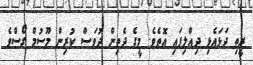
ރީތި ދަޅައެޅި ދިއްލިފައި އޮތެވެ. މީގެ ދެތިން ދުވަސް ކުރިން މޫސުމް ގޯސްވެ